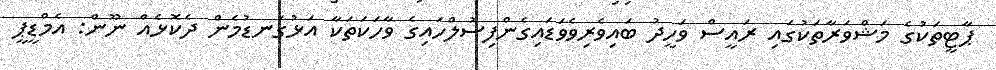
ޕާޓީތަކުގެ މަޝްވަރާތަކުގައި ރައީސް ވަހީދު ބައިވެރިވެވަޑައިގެންފިސުލްހައިގެ ވާހަކަތަކާ އަޅުގަނޑުމެން ދެކޮޅެއް ނޫން: އެމްޑީޕީ